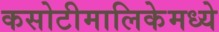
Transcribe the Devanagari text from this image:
कसोटीमालिकेमध्ये